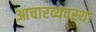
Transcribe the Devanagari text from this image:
आचारव्यवस्था